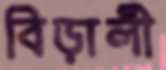
বিড়ালী